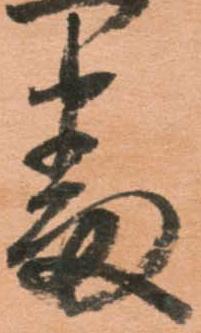
番